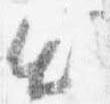
出